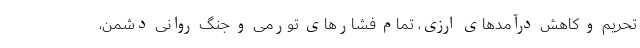
تحریم و کاهش درآمدهای ارزی، تمام فشارهای تورمی و جنگ روانی دشمن،